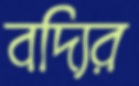
বদ্যির